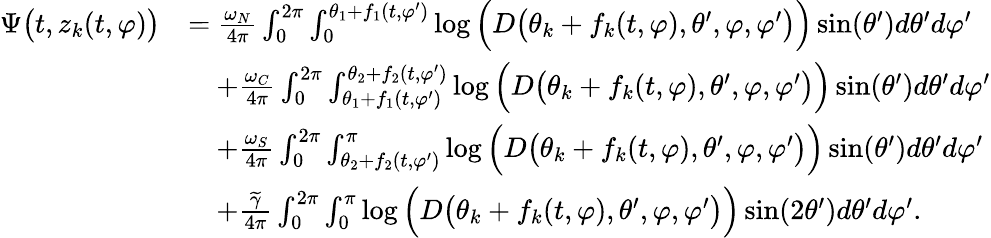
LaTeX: \begin{array}{rl}{\Psi\big(t,z_{k}(t,\varphi)\big)}&{=\frac{\omega_{N}}{4\pi}\int_{0}^{2\pi}\int_{0}^{\theta_{1}+f_{1}(t,\varphi^{\prime})}\log\Big(D\big(\theta_{k}+f_{k}(t,\varphi),\theta^{\prime},\varphi,\varphi^{\prime}\big)\Big)\sin(\theta^{\prime})d\theta^{\prime}d\varphi^{\prime}}\\ &{\quad+\frac{\omega_{C}}{4\pi}\int_{0}^{2\pi}\int_{\theta_{1}+f_{1}(t,\varphi^{\prime})}^{\theta_{2}+f_{2}(t,\varphi^{\prime})}\log\Big(D\big(\theta_{k}+f_{k}(t,\varphi),\theta^{\prime},\varphi,\varphi^{\prime}\big)\Big)\sin(\theta^{\prime})d\theta^{\prime}d\varphi^{\prime}}\\ &{\quad+\frac{\omega_{S}}{4\pi}\int_{0}^{2\pi}\int_{\theta_{2}+f_{2}(t,\varphi^{\prime})}^{\pi}\log\Big(D\big(\theta_{k}+f_{k}(t,\varphi),\theta^{\prime},\varphi,\varphi^{\prime}\big)\Big)\sin(\theta^{\prime})d\theta^{\prime}d\varphi^{\prime}}\\ &{\quad+\frac{\widetilde{\gamma}}{4\pi}\int_{0}^{2\pi}\int_{0}^{\pi}\log\Big(D\big(\theta_{k}+f_{k}(t,\varphi),\theta^{\prime},\varphi,\varphi^{\prime}\big)\Big)\sin(2\theta^{\prime})d\theta^{\prime}d\varphi^{\prime}.}\end{array}